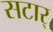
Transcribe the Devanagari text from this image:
सटार्